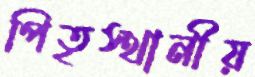
পিতৃস্থানীয়